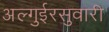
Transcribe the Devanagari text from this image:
अल्गुईरसुवारी